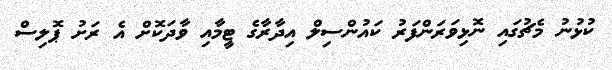
ކުޅުނު މެޗުގައި ނޮޅިވަރަންފަރު ކައުންސިލް އިދާރާގެ ޓީމާއި ވާދަކޮށް އެ ރަށު ޕޮލިސް